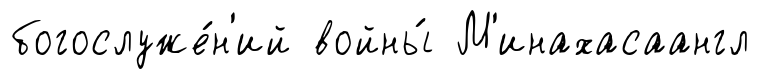
богослуже́н'ий войны́ М'инахасаангл